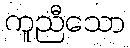
ကူညီသော